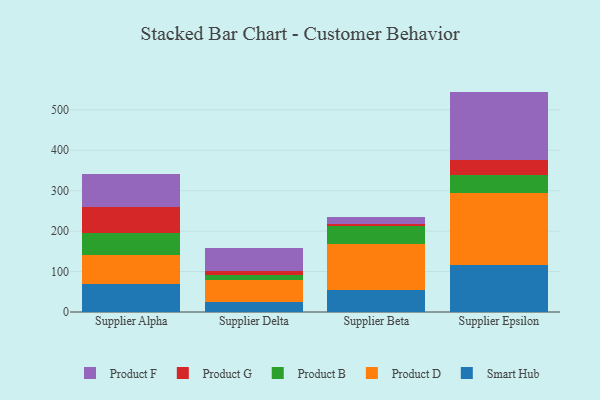
{"axis": {"x": "Supplier", "y": "Conversion Rate (%)"}, "legend": ["Product B", "Product D", "Product F", "Product G", "Smart Hub"], "data": [{"x": "Supplier Alpha", "y": 69.6, "type": "Smart Hub"}, {"x": "Supplier Alpha", "y": 71.2, "type": "Product D"}, {"x": "Supplier Alpha", "y": 55.2, "type": "Product B"}, {"x": "Supplier Alpha", "y": 62.5, "type": "Product G"}, {"x": "Supplier Alpha", "y": 82.7, "type": "Product F"}, {"x": "Supplier Delta", "y": 24.6, "type": "Smart Hub"}, {"x": "Supplier Delta", "y": 55.0, "type": "Product D"}, {"x": "Supplier Delta", "y": 11.0, "type": "Product B"}, {"x": "Supplier Delta", "y": 9.9, "type": "Product G"}, {"x": "Supplier Delta", "y": 58.0, "type": "Product F"}, {"x": "Supplier Beta", "y": 55.3, "type": "Smart Hub"}, {"x": "Supplier Beta", "y": 113.8, "type": "Product D"}, {"x": "Supplier Beta", "y": 42.5, "type": "Product B"}, {"x": "Supplier Beta", "y": 5.0, "type": "Product G"}, {"x": "Supplier Beta", "y": 17.3, "type": "Product F"}, {"x": "Supplier Epsilon", "y": 115.9, "type": "Smart Hub"}, {"x": "Supplier Epsilon", "y": 177.2, "type": "Product D"}, {"x": "Supplier Epsilon", "y": 45.8, "type": "Product B"}, {"x": "Supplier Epsilon", "y": 37.5, "type": "Product G"}, {"x": "Supplier Epsilon", "y": 168.7, "type": "Product F"}]}